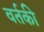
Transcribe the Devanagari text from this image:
वर्तकी